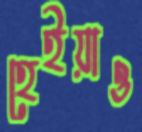
হেইয়াও